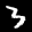
Label: 3